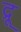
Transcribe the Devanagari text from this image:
द्रू